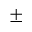
^ \pm